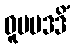
ဓူပမဒဒိံ